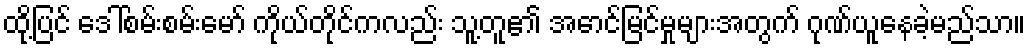
ထို့ပြင် ဒေါ်စမ်းစမ်းမော် ကိုယ်တိုင်ကလည်း သူ့တူ၏ အောင်မြင်မှုများအတွက် ဂုဏ်ယူနေခဲ့မည်သာ။